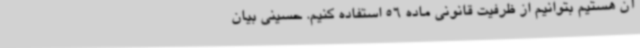
آن هستیم بتوانیم از ظرفیت قانونی ماده 56 استفاده کنیم. حسینی بیان